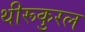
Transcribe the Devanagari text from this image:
थीरूकुरल